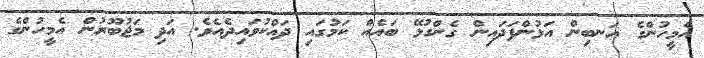
އެމީހުންގެ އަނބިން އަޅުންފަދައިން ގެންގުޅޭ ބައެއް ކަމުގައި ދައްކުވައިދެއެވެ. އަދި މަޖުބޫރުން އެމީހުންގެ